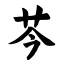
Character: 芩